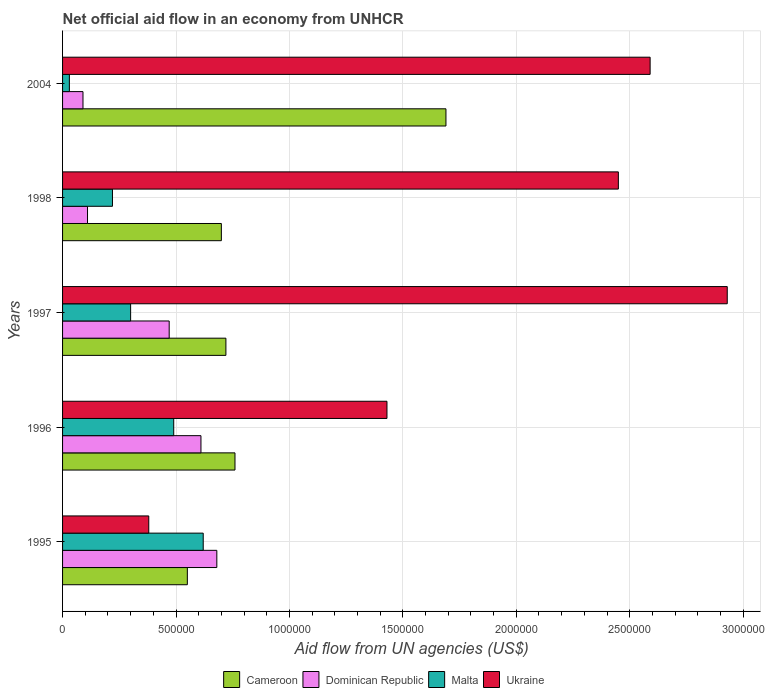
| Years | Cameroon | Dominican Republic | Malta | Ukraine |
 | --- | --- | --- | --- | --- |
 | 1995 | 5.5e+05 | 6.8e+05 | 6.2e+05 | 3.8e+05 |
 | 1996 | 7.6e+05 | 6.1e+05 | 4.9e+05 | 1.43e+06 |
 | 1997 | 7.2e+05 | 4.7e+05 | 3e+05 | 2.93e+06 |
 | 1998 | 7e+05 | 1.1e+05 | 2.2e+05 | 2.45e+06 |
 | 2004 | 1.69e+06 | 9e+04 | 3e+04 | 2.59e+06 |